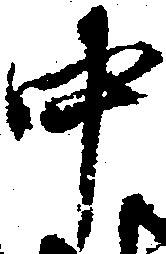
中